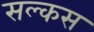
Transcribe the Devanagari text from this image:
सल्कस